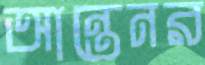
আন্তেনর